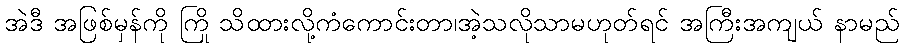
အဲဒီ အဖြစ်မှန်ကို ကြို သိထားလို့ကံကောင်းတာ၊အဲ့သလိုသာမဟုတ်ရင် အကြီးအကျယ် နာမည်